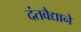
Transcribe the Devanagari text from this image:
दंतवैद्याने